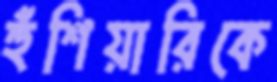
হুঁশিয়ারিকে